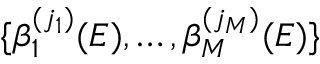
\{ \beta _ { 1 } ^ { ( j _ { 1 } ) } ( E ) , \dots , \beta _ { M } ^ { ( j _ { M } ) } ( E ) \}